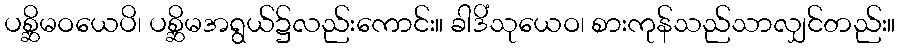
ပစ္ဆိမဝယေပိ၊ ပစ္ဆိမအရွယ်၌လည်းကောင်း။ ခါဒိံသုယေဝ၊ စားကုန်သည်သာလျှင်တည်း။